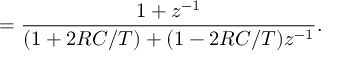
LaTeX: = { \frac { 1 + z ^ { - 1 } } { ( 1 + 2 R C / T ) + ( 1 - 2 R C / T ) z ^ { - 1 } } } .